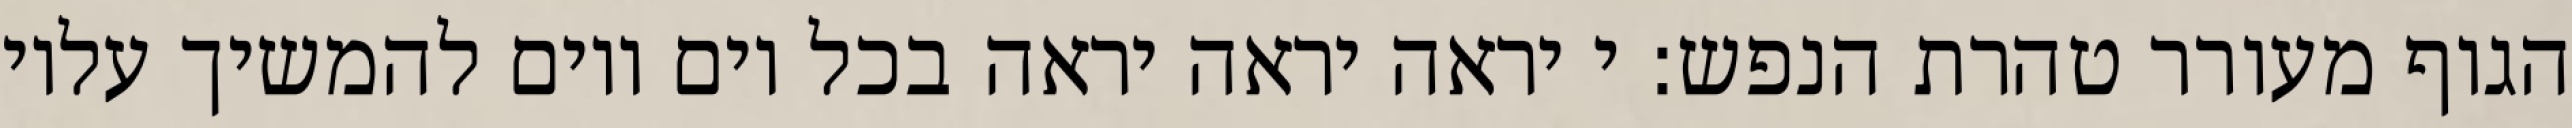
הגוף מעורר טהרת הנפש: י יראה יראה יראה בכל יום ויום להמשיך עליו